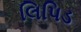
લિપિડ